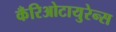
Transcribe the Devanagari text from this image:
कँरिओटायुरेन्स